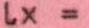
lx=